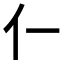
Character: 𫢅